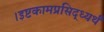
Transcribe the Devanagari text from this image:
।इष्टकामप्रसिद्ध्यर्थं